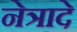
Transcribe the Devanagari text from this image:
नेत्रादे